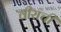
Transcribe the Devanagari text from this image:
वीराची